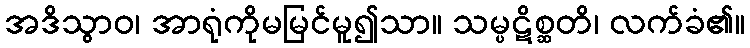
အဒိသွာဝ၊ အာရုံကိုမမြင်မူ၍သာ။ သမ္ပဋိစ္ဆတိ၊ လက်ခံ၏။